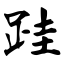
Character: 跬